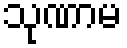
သုဏာမ